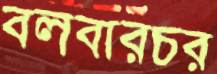
বলবারচর